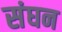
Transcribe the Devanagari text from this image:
संघन